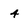
Character: 4